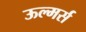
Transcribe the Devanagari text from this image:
ऊल्मर्स